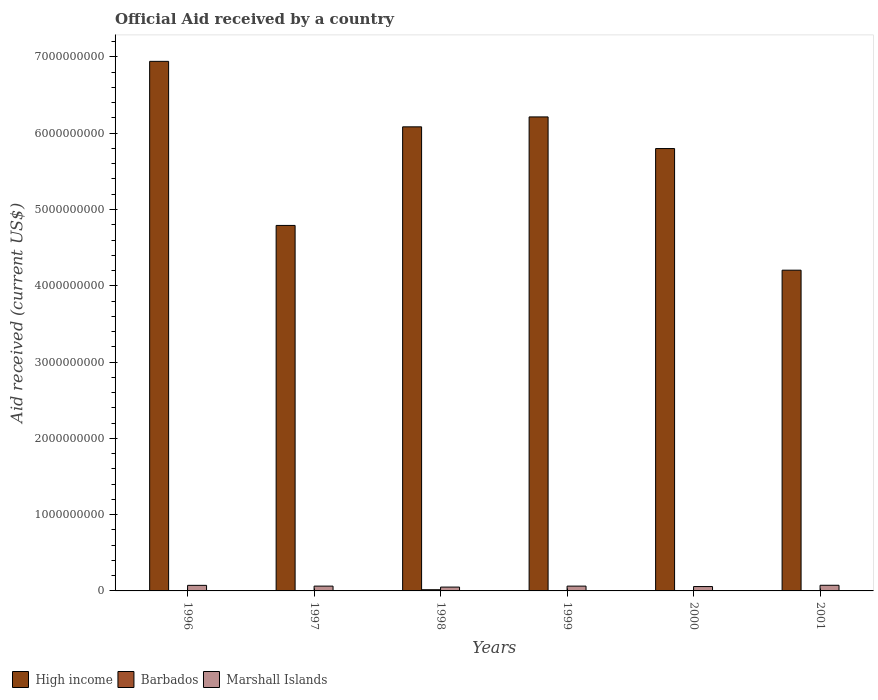
| Years | High income | Barbados | Marshall Islands |
 | --- | --- | --- | --- |
 | 1996 | 6.94e+09 | 4.23e+06 | 7.29e+07 |
 | 1997 | 4.79e+09 | 4.32e+06 | 6.29e+07 |
 | 1998 | 6.08e+09 | 1.57e+07 | 5.03e+07 |
 | 1999 | 6.21e+09 | -2.13e+06 | 6.29e+07 |
 | 2000 | 5.8e+09 | 2.4e+05 | 5.72e+07 |
 | 2001 | 4.2e+09 | -1.15e+06 | 7.4e+07 |